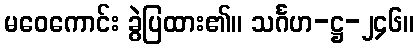
မဝေကောင်း ခွဲပြထား၏။ သင်္ဂဟ-ဋ္ဌ-၂၄၆။